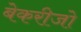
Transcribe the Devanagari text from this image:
बेकरीजो